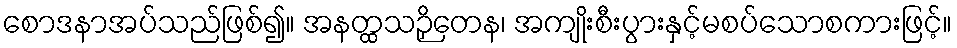
စောဒနာအပ်သည်ဖြစ်၍။ အနတ္ထသဉှိတေန၊ အကျိုးစီးပွားနှင့်မစပ်သောစကားဖြင့်။